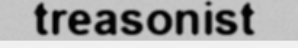
treasonist